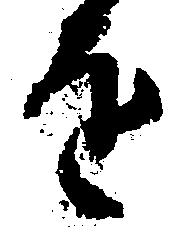
を